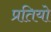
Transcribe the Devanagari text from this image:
प्रतियो